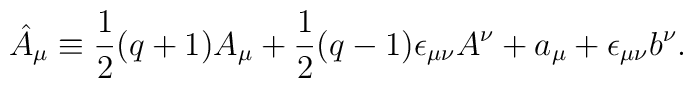
\hat{A}_{\mu} \equiv \frac {1}{2}(q+1)A_{\mu}+\frac {1}{2}(q-1)\epsilon_{\mu \nu}A^{\nu}+a_{\mu}+\epsilon_{\mu \nu} b^{\nu}.